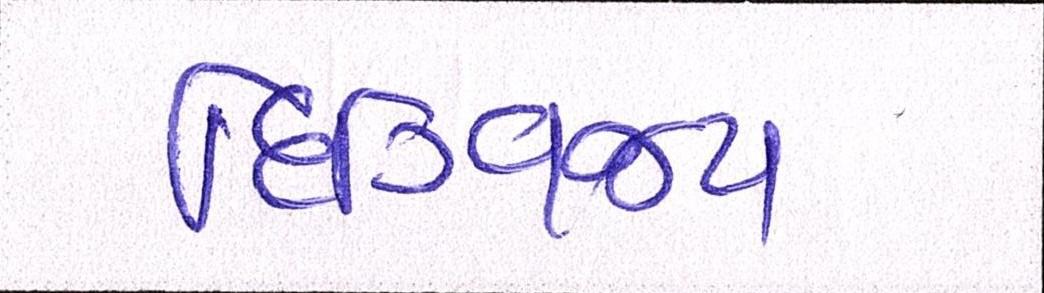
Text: દિગ્વિજય